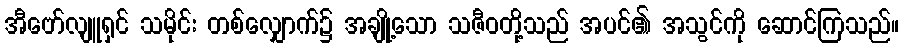
အီဗော်လျူရှင် သမိုင်း တစ်လျှောက်၌ အချို့သော သဇီဝတို့သည် အပင်၏ အသွင်ကို ဆောင်ကြသည်။